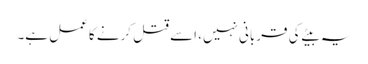
یہ بیٹے کی قربانی نہیں، اسے قتل کرنے کا عمل ہے۔